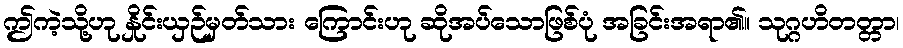
ဤကဲ့သို့ဟု နှိုင်းယှဉ်မှတ်သား ကြောင်းဟု ဆိုအပ်သောဖြစ်ပုံ အခြင်းအရာ၏။ သုဂ္ဂဟိတတ္တာ၊